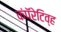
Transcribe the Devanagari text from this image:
कंपॅरेटिव्ह